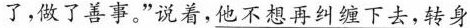
了，做了善事。”说着，\underline{他不想再纠缠下去，转身}